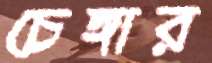
চেঙ্গার